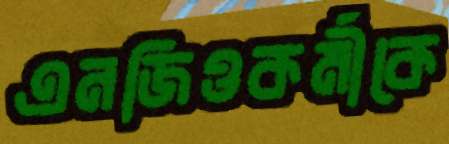
এনজিওকর্মীকে